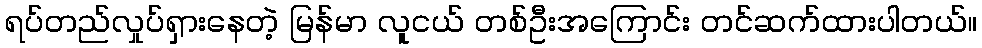
ရပ်တည်လှုပ်ရှားနေတဲ့ မြန်မာ လူငယ် တစ်ဦးအကြောင်း တင်ဆက်ထားပါတယ်။